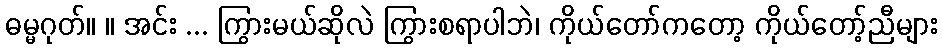
ဓမ္မဂုတ်။ ။ အင်း ... ကြွားမယ်ဆိုလဲ ကြွားစရာပါဘဲ၊ ကိုယ်တော်ကတော့ ကိုယ်တော့်ညီများ